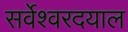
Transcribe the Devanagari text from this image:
सर्वेश्वरदयाल